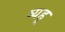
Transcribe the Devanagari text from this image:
व्यहू